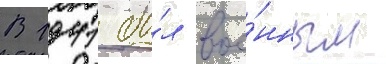
В 1941 бы́л вое́нным